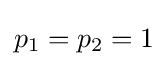
p_{1}=p_{2}=1